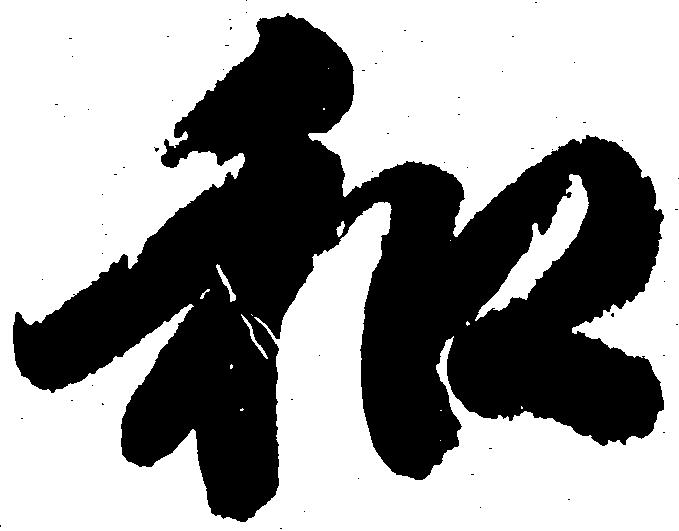
和